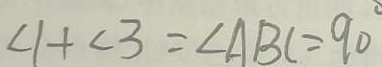
\angle 1 + \angle 3 = \angle A B C = 9 0 ^ { \circ }